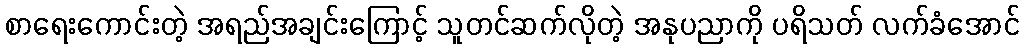
စာရေးကောင်းတဲ့ အရည်အချင်းကြောင့် သူတင်ဆက်လိုတဲ့ အနုပညာကို ပရိသတ် လက်ခံအောင်